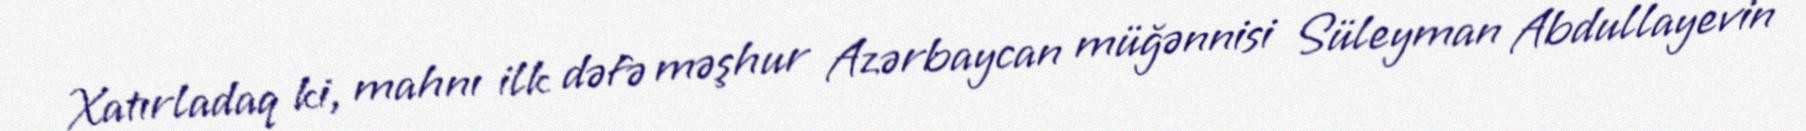
Xatırladaq ki, mahnı ilk dəfə məşhur Azərbaycan müğənnisi Süleyman Abdullayevin